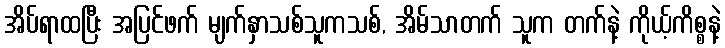
အိပ်ရာထပြီး အပြင်ဖက် မျက်နှာသစ်သူကသစ်, အိမ်သာတက် သူက တက်နဲ့ ကိုယ့်ကိစ္စနဲ့